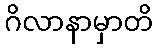
ဂိလာနာမှာတိ